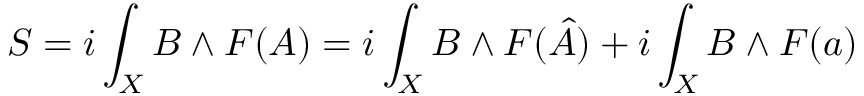
S = i \int _ { X } B \wedge { } F ( A ) = i \int _ { X } B \wedge { } F ( \hat { A } ) + i \int _ { X } B \wedge { } F ( a )